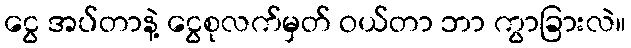
ငွေ အပ်တာနဲ့ ငွေစုလက်မှတ် ဝယ်တာ ဘာ ကွာခြားလဲ။